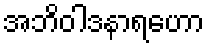
အဘိဝါဒနာရဟော